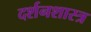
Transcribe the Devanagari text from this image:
दर्शनशास्‍त्र